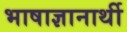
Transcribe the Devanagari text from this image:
भाषाज्ञानार्थी